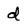
Character: d